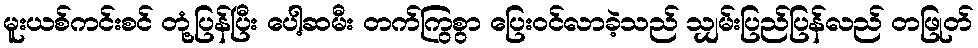
မူးယစ်ကင်းစင် တုံ့ပြန်ပြီး ပေါ့ဆမီး တက်ကြွစွာ ပြေးဝင်လာခဲ့သည် သျှမ်းပြည်ပြန်လည် တဖြုတ်